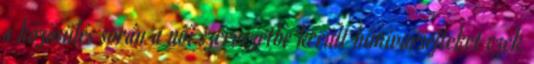
a közösülés során a női szervezetbe került hímivarsejteket ezek